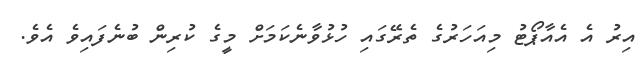
އިރު އެ އެއާޕޯޓު މިއަހަރުގެ ތެރޭގައި ހުޅުވާނެކަމަށް މީގެ ކުރިން ބުނެފައިވެ އެވެ.